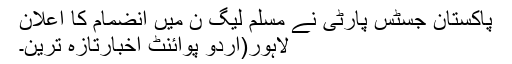
پاکستان جسٹس پارٹی نے مسلم لیگ ن میں انضمام کا اعلان
لاہور(اُردو پوائنٹ اخبارتازہ ترین۔